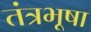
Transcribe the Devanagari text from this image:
तंत्रभूषा